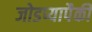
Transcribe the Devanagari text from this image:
जोडप्यापैकी